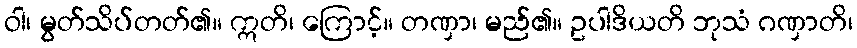
ဝါ၊ မွတ်သိပ်တတ်၏။ ဣတိ၊ ကြောင့်။ တဏှာ၊ မည်၏။ ဥပါဒိယတိ ဘုသံ ဂဏှာတိ၊